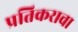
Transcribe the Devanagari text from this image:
प्रतिकराचा